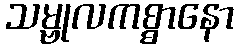
သမ္ဗုလကစ္စာနော